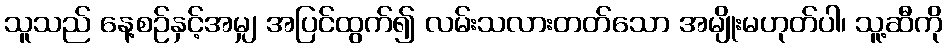
သူသည် နေ့စဉ်နှင့်အမျှ အပြင်ထွက်၍ လမ်းသလားတတ်သော အမျိုးမဟုတ်ပါ၊ သူ့ဆီကို